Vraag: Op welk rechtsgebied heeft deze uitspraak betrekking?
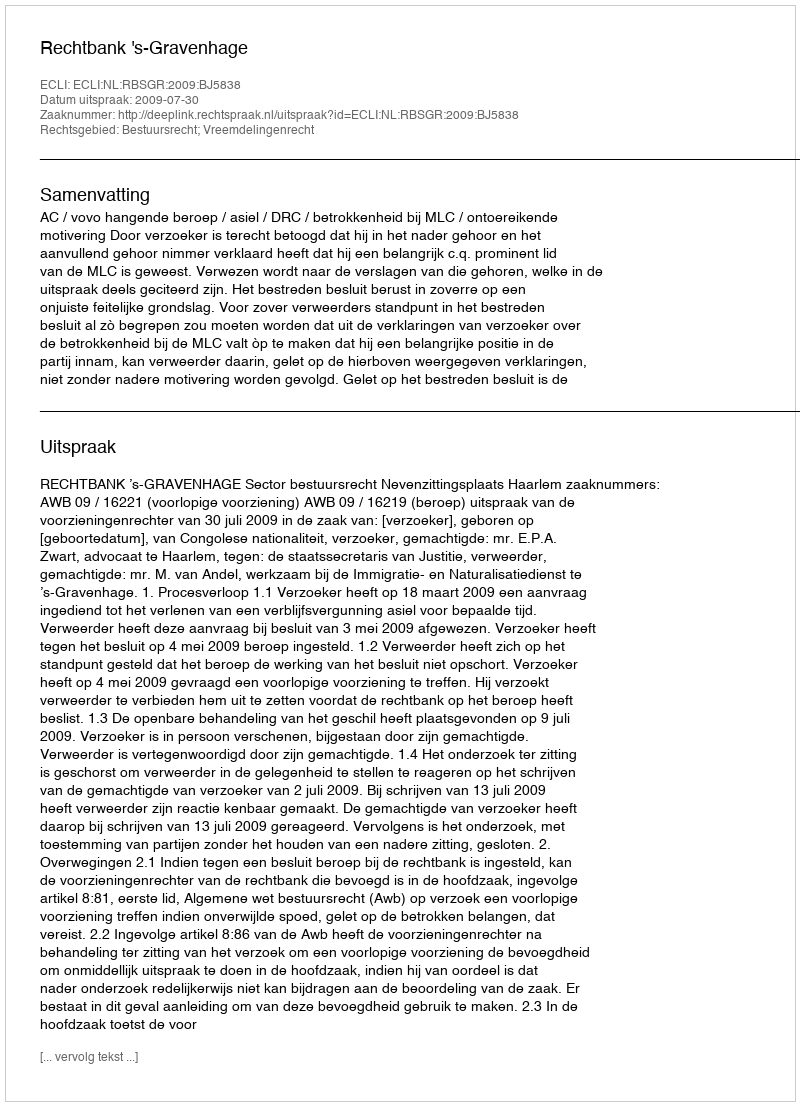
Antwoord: Bestuursrecht; Vreemdelingenrecht